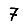
Digit: 7